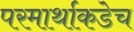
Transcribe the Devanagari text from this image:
परमार्थाकडेच